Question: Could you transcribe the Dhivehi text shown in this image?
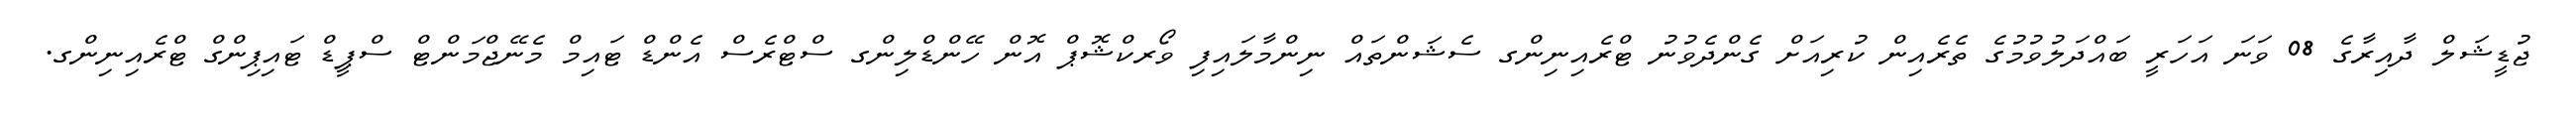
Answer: ޖުޑީޝަލް ދާއިރާގެ 08 ވަނަ އަހަރީ ބައްދަލުވުމުގެ ތެރެއިން ކުރިއަށް ގެންދެވުނު ޓްރެއިނިންގ ސެޝަންތައް ނިންމާލައިފި ވޯރކްޝޮޕް އޮން ހޭންޑްލިންގ ސްޓްރެސް އެންޑް ޓައިމް މެނޭޖްމަންޓް ސްޕީޑް ޓައިޕިންގް ޓްރެއިނިންގ.